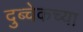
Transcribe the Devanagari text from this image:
दुब्चेकच्या